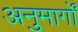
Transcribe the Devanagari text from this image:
अनुमार्गों